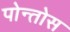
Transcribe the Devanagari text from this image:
पोन्तोस